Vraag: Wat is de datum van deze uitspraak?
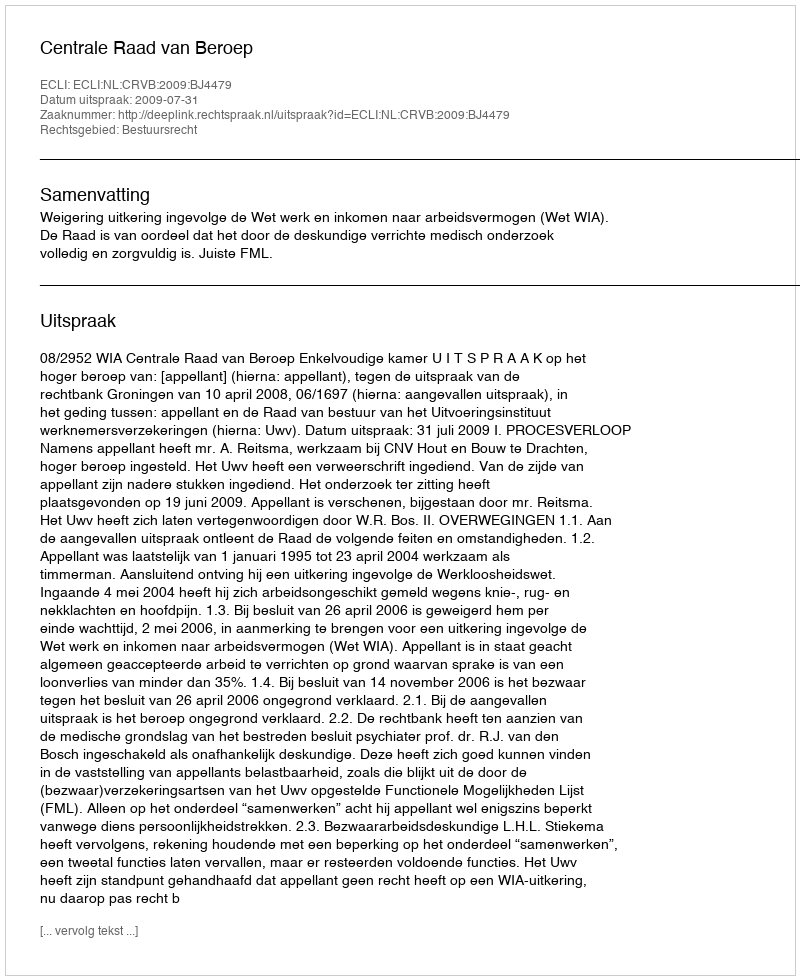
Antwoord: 2009-07-31